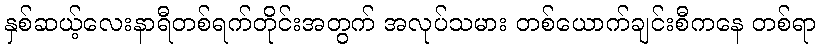
နှစ်ဆယ့်လေးနာရီတစ်ရက်တိုင်းအတွက် အလုပ်သမား တစ်ယောက်ချင်းစီကနေ တစ်ရာ